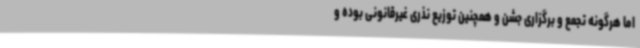
اما هرگونه تجمع و برگزاری جشن و همچنین توزیع نذری غیرقانونی بوده و